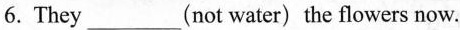
6. They___(not water) the flowers now.